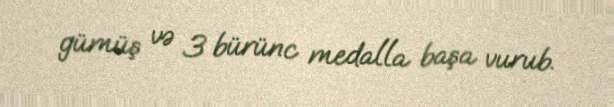
gümüş və 3 bürünc medalla başa vurub.